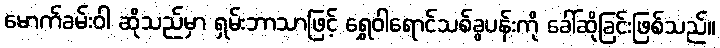
မောက်ခမ်းဝါ ဆိုသည်မှာ ရှမ်းဘာသာဖြင့် ရွှေဝါရောင်သစ်ခွပန်းကို ခေါ်ဆိုခြင်းဖြစ်သည်။